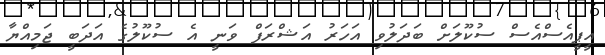
އީޕީއެސްއެސް ސުކޫލަށް ބަދަލުވި އަހަރު އަޝްރަފް ވަނީ އެ ސުކޫލުގެ އަދަބީ ޖަމިއްޔާ